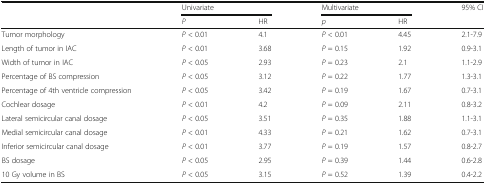
| <ROWSPAN=2>  | <COLSPAN=2> Univariate | <COLSPAN=2> Multivariate | <ROWSPAN=2> 95% CI |
 | P | HR | p | HR |
 | --- | --- | --- | --- | --- | --- |
 | Tumor morphology | P < 0.01 | 4.1 | P < 0.01 | 4.45 | 2.1-7.9 |
 | Length of tumor in IAC | P < 0.01 | 3.68 | P = 0.15 | 1.92 | 0.9-3.1 |
 | Width of tumor in IAC | P < 0.05 | 2.93 | P = 0.23 | 2.1 | 1.1-2.9 |
 | Percentage of BS compression | P < 0.05 | 3.12 | P = 0.22 | 1.77 | 1.3-3.1 |
 | Percentage of 4th ventricle compression | P < 0.05 | 3.42 | P = 0.19 | 1.67 | 0.7-3.1 |
 | Cochlear dosage | P < 0.01 | 4.2 | P = 0.09 | 2.11 | 0.8-3.2 |
 | Lateral semicircular canal dosage | P < 0.05 | 3.51 | P = 0.35 | 1.88 | 1.1-3.1 |
 | Medial semicircular canal dosage | P < 0.01 | 4.33 | P = 0.21 | 1.62 | 0.7-3.1 |
 | Inferior semicircular canal dosage | P < 0.01 | 3.77 | P = 0.19 | 1.57 | 0.8-2.7 |
 | BS dosage | P < 0.05 | 2.95 | P = 0.39 | 1.44 | 0.6-2.8 |
 | 10 Gy volume in BS | P < 0.05 | 3.15 | P = 0.52 | 1.39 | 0.4-2.2 |